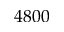
4 8 0 0